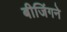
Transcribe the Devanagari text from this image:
बीजिंगने